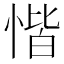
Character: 𢝷